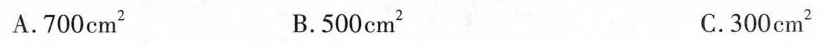
A.700cm^{2} B.500cm^{2} C.300cm^{2}